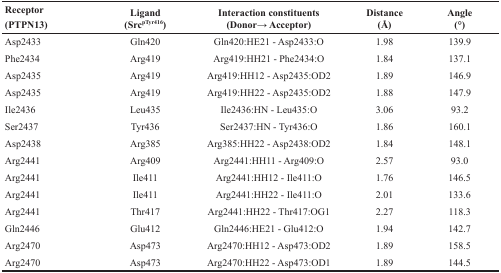
<table><thead><tr><td><b>Receptor (PTPN13)</b></td><td><b>Ligand (Src<sup>pTyr416</sup>)</b></td><td><b>Interaction constituents (Donor→ Acceptor)</b></td><td><b>Distance (Å)</b></td><td><b>Angle (°)</b></td></tr></thead><tbody><tr><td>Asp2433</td><td>Gln420</td><td>Gln420:HE21 - Asp2433:O</td><td>1.98</td><td>139.9</td></tr><tr><td>Phe2434</td><td>Arg419</td><td>Arg419:HH21 - Phe2434:O</td><td>1.84</td><td>137.1</td></tr><tr><td>Asp2435</td><td>Arg419</td><td>Arg419:HH12 - Asp2435:OD2</td><td>1.89</td><td>146.9</td></tr><tr><td>Asp2435</td><td>Arg419</td><td>Arg419:HH22 - Asp2435:OD2</td><td>1.88</td><td>147.9</td></tr><tr><td>Ile2436</td><td>Leu435</td><td>Ile2436:HN - Leu435:O</td><td>3.06</td><td>93.2</td></tr><tr><td>Ser2437</td><td>Tyr436</td><td>Ser2437:HN - Tyr436:O</td><td>1.86</td><td>160.1</td></tr><tr><td>Asp2438</td><td>Arg385</td><td>Arg385:HH22 - Asp2438:OD2</td><td>1.84</td><td>148.1</td></tr><tr><td>Arg2441</td><td>Arg409</td><td>Arg2441:HH11 - Arg409:O</td><td>2.57</td><td>93.0</td></tr><tr><td>Arg2441</td><td>Ile411</td><td>Arg2441:HH12 - Ile411:O</td><td>1.76</td><td>146.5</td></tr><tr><td>Arg2441</td><td>Ile411</td><td>Arg2441:HH22 - Ile411:O</td><td>2.01</td><td>133.6</td></tr><tr><td>Arg2441</td><td>Thr417</td><td>Arg2441:HH22 - Thr417:OG1</td><td>2.27</td><td>118.3</td></tr><tr><td>Gln2446</td><td>Glu412</td><td>Gln2446:HE21 - Glu412:O</td><td>1.94</td><td>142.7</td></tr><tr><td>Arg2470</td><td>Asp473</td><td>Arg2470:HH12 - Asp473:OD2</td><td>1.89</td><td>158.5</td></tr><tr><td>Arg2470</td><td>Asp473</td><td>Arg2470:HH22 - Asp473:OD1</td><td>1.89</td><td>144.5</td></tr></tbody></table>